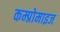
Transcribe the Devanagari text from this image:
कम्प्रोमाइज